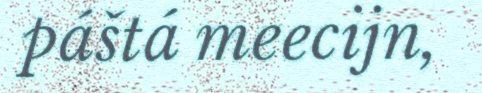
páštá meecijn,